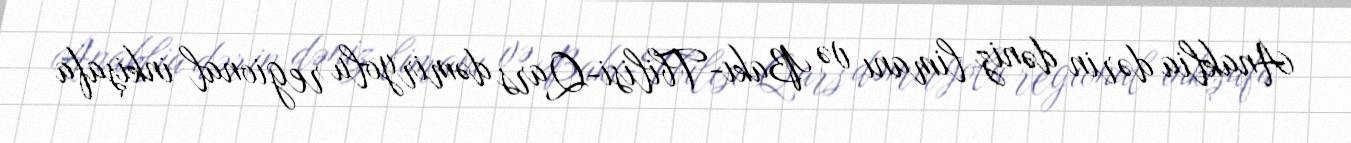
Anaklia dərin dəniz limanı və Bakı-Tbilisi-Qars dəmiryolu regional inkişafa